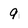
Character: 9